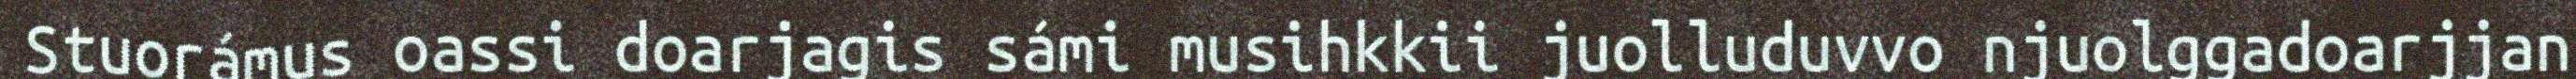
Stuorámus oassi doarjagis sámi musihkkii juolluduvvo njuolggadoarjjan